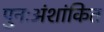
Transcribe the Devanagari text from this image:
पुनःअंशांकित